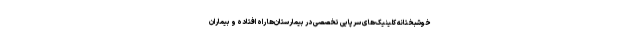
خوشبختانه کلینیک‌های سرپایی تخصصی در بیمارستان‌ها راه افتاده و بیماران